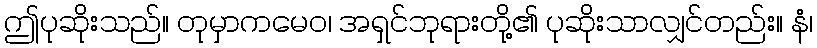
ဤပုဆိုးသည်။ တုမှာကမေဝ၊ အရှင်ဘုရားတို့၏ ပုဆိုးသာလျှင်တည်း။ နံ၊